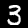
Label: 3